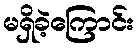
မရှိခဲ့ကြောင်း